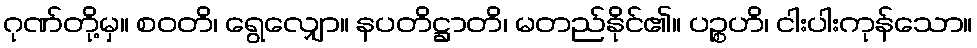
ဂုဏ်တို့မှ။ စဝတိ၊ ရွေလျှော။ နပတိဋ္ဌာတိ၊ မတည်နိုင်၏။ ပဉ္စဟိ၊ ငါးပါးကုန်သော။